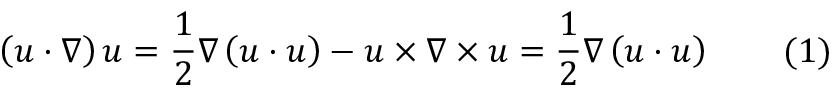
\left( { \boldsymbol { u } } \cdot { \boldsymbol { \nabla } } \right) { \boldsymbol { u } } = { \frac { 1 } { 2 } } { \boldsymbol { \nabla } } \left( { \boldsymbol { u } } \cdot { \boldsymbol { u } } \right) - { \boldsymbol { u } } \times { \boldsymbol { \nabla } } \times { \boldsymbol { u } } = { \frac { 1 } { 2 } } { \boldsymbol { \nabla } } \left( { \boldsymbol { u } } \cdot { \boldsymbol { u } } \right) \qquad ( 1 )